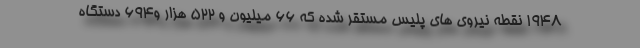
۱۹۴۸ نقطه نیروی های پلیس مستقر شده که ۶۶ میلیون و ۵۲۲ هزار و۶۹۴ دستگاه